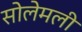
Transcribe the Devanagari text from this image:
सोलेमली